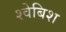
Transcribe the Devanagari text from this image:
श्वेबिश